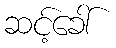
ဆင့်ခေါ်